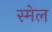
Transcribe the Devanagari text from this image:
स्मेल